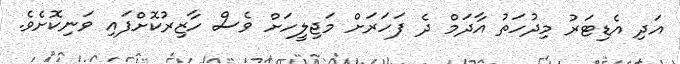
އަދި އެޑިޓަރު މިދުހަތު އާދަމް ދެ ފަހަރަށް މަޖިލީހަށް ވެސް ހާޒިރުކޮށްފައި ވަނިކޮށެވެ.